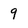
Character: 9